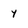
Character: y